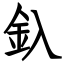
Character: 釞